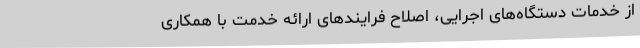
از خدمات دستگاه‌های اجرایی، اصلاح فرایندهای ارائه خدمت با همکاری